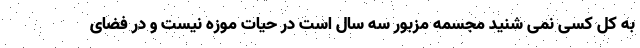
به کل کسی نمی شنید مجسمه مزبور سه سال است در حیات موزه نیست و در فضای